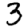
Digit: 3